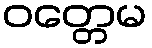
ဝတ္တေမ